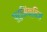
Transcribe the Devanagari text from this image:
पुरुसिंक्विज़